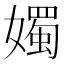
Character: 𪦨